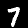
Digit: 7